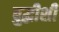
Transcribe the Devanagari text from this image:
बुद्धीशी